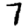
Digit: 7